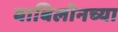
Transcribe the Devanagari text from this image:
बाबिलॉनच्या